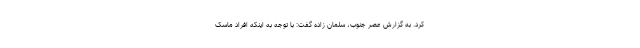
کرد. به گزارش عصر جنوب، سلمان زاده گفت: با توجه به اینکه افراد ماسک